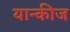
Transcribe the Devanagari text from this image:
यान्कीज